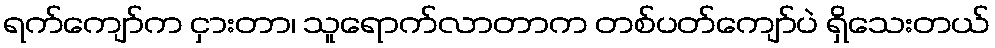
ရက်ကျော်က ငှားတာ၊ သူရောက်လာတာက တစ်ပတ်ကျော်ပဲ ရှိသေးတယ်